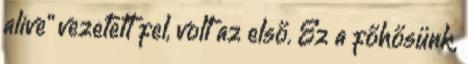
alive” vezetett fel, volt az első. Ez a főhősünk,